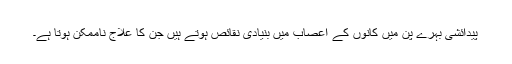
پیدائشی بہرے پن میں کانوں کے اعصاب میں بنیادی نقائص ہوتے ہیں جن کا علاج ناممکن ہوتا ہے۔